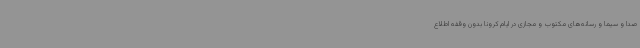
صدا و سیما و رسانه‌های مکتوب و مجازی در ایام کرونا بدون وقفه اطلاع